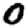
Digit: 0